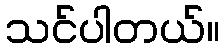
သင်ပါတယ်။